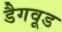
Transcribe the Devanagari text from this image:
डैगवूड